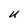
Character: U